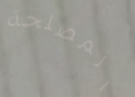
المصلحة